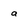
Character: a